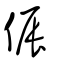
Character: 侲